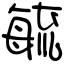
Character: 毓